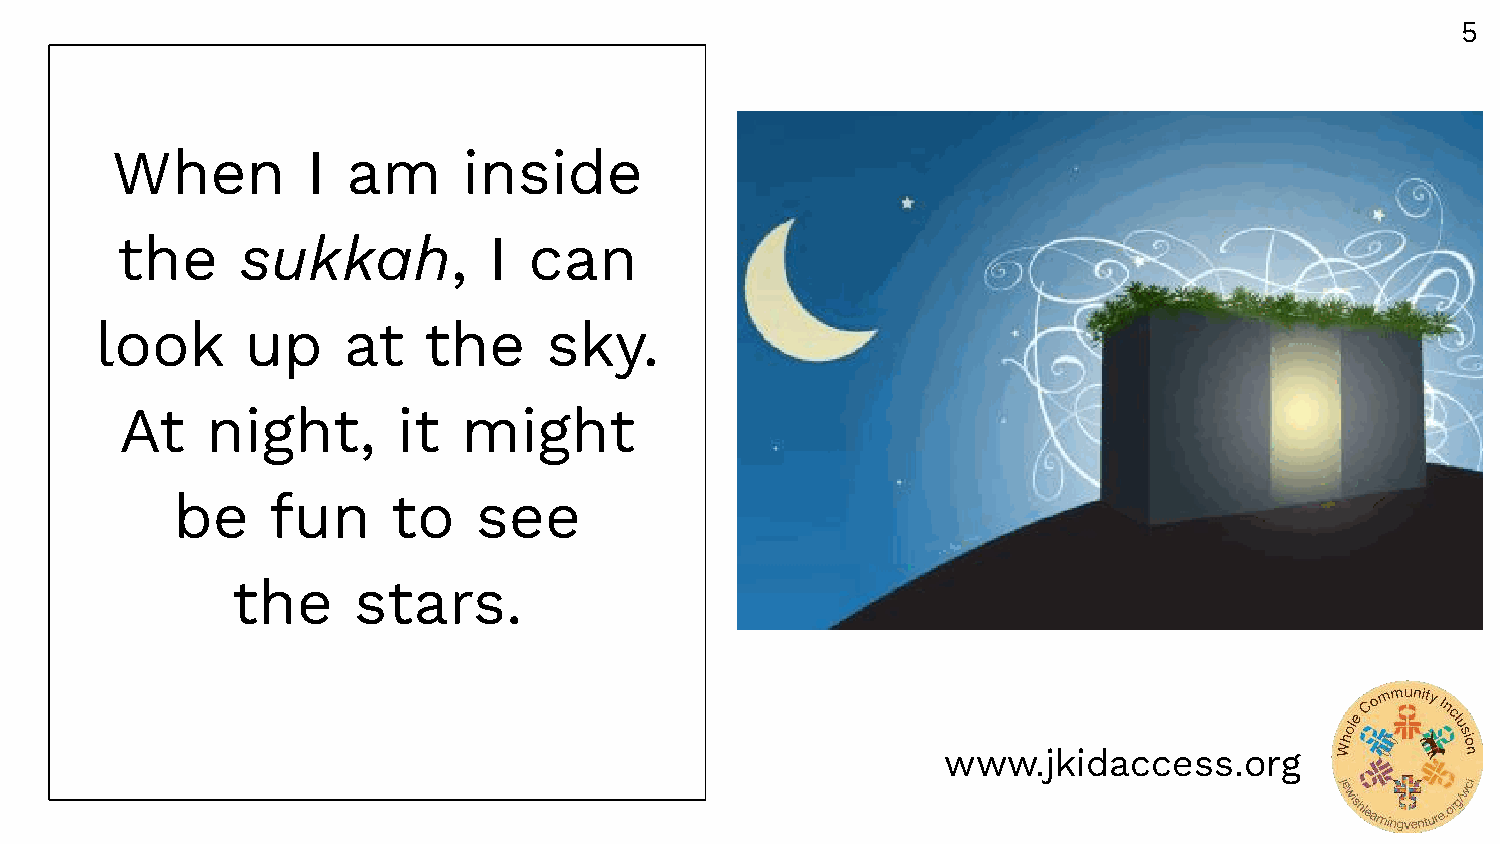
5
 When         I  am      inside
 the     sukkah,         I  can
 look      up     at   the     sky.
 At    night,      it   might
 be     fun     to    see
 the     stars.
 www.jkidaccess.org